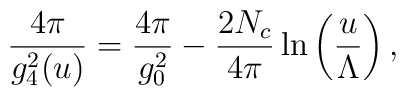
\frac {4 \pi}{g_4^2(u)} = \frac {4\pi}{g_0^2} - \frac {2 N_c}{4 \pi} \ln \left( \frac {u}{\Lambda} \right),